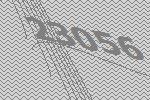
23056